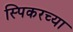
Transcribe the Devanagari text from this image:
स्पिकरच्या